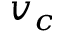
v _ { c }